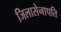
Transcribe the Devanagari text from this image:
जिलासेनापति